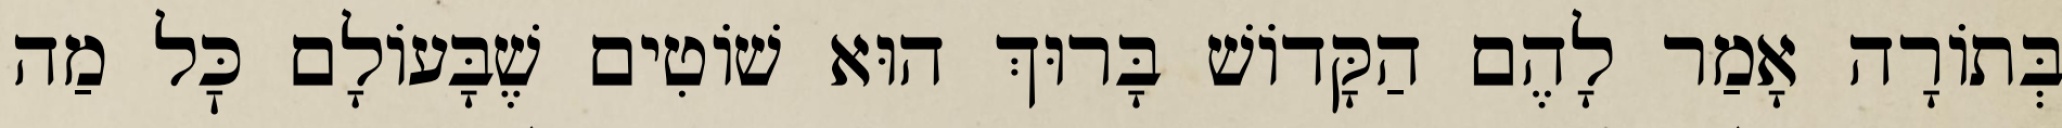
בְּתוֹרָה אָמַר לָהֶם הַקָּדוֹשׁ בָּרוּךְ הוּא שׁוֹטִים שֶׁבָּעוֹלָם כׇּל מַה